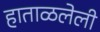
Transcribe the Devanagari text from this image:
हाताळलेली